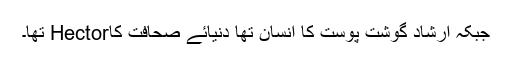
جبکہ ارشاد گوشت پوست کا انسان تھا دنیائے صحافت کاHector تھا۔